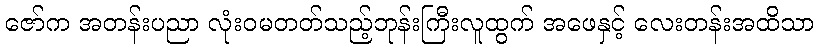
ဇော်က အတန်းပညာ လုံးဝမတတ်သည့်ဘုန်းကြီးလူထွက် အဖေနှင့် လေးတန်းအထိသာ